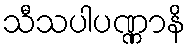
သီသပါပဏ္ဏာနိ